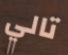
تالي